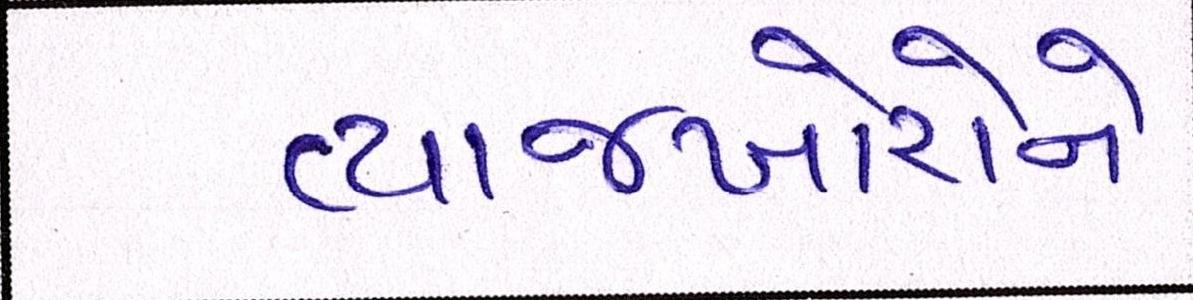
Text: વ્યાજખોરોને